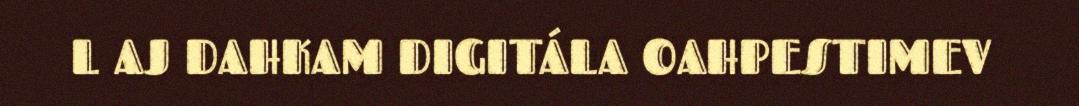
L AJ DAHKAM DIGITÁLA OAHPESTIMEV